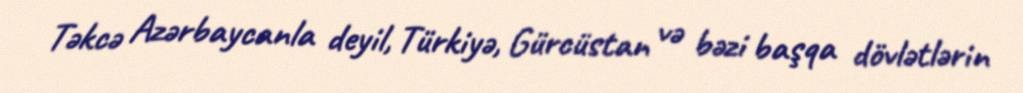
Təkcə Azərbaycanla deyil, Türkiyə, Gürcüstan və bəzi başqa dövlətlərin